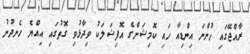
ރާއްޖޭގައި ހުންނަ އިންޑިއާ ހައި ކޮމިޝަންގެ އޮފިޝަލަކު ވިދާޅުވި ގޮތުގައި އިއްޔެ ހެނދުނު